Annual statistical returns and brief notes on vaccination in Bengal - 1887-1898
Year: 1887
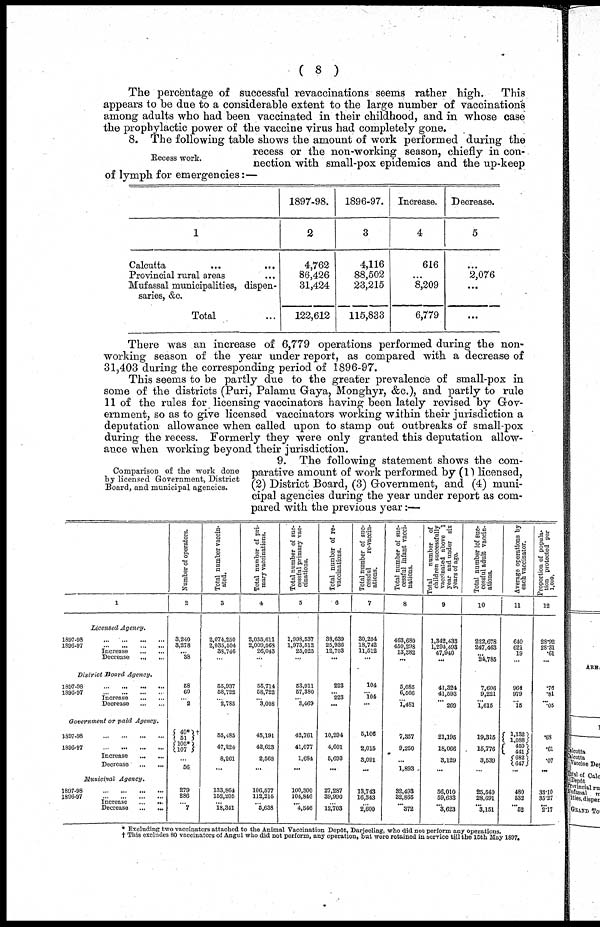
( 8 )
The percentage of successful revaccinations seems rather high.
This
appears to be due to a considerable extent to the large number of vaccinations
among adults who had been vaccinated in their childhood, and in whose case
the prophylactic power of the vaccine virus had completely gone.
Recess work.
8. The following table shows the amount of work performed during the
recess or the non-working season, chiefly in con-
nection with small-pox epidemics and the up-keep
of lymph for emergencies:—
1
Calcutta ... ...
Provincial rural areas ...
Mufassal municipalities, dispen-
saries, &c.
Total ...
1897-98.
2
4,762
86,426
31,424
122,612
1896-97.
3
4,116
88,502
23,215
115,833
Increase.
4
616
...
8,209
6,779
Decrease.
5
...
2,076
...
...
There was an increase of 6,779 operations performed during the non-
working season of the year under report, as compared with a decrease of
31,403 during the corresponding period of 1896-97.
This seems to be partly due to the greater prevalence of small-pox in
some of the districts (Puri, Palamu Gaya, Monghyr, &c.), and partly to rule
11 of the rules for licensing vaccinators having been lately revised by Gov-
ernment, so as to give licensed vaccinators working within their jurisdiction a
deputation allowance when called upon to stamp out outbreaks of small-pox
during the recess. Formerly they were only granted this deputation allow-
ance when working beyond their jurisdiction.
Comparison of the work done
by licensed Government, District
Board, and municipal agencies.
9. The following statement shows the com-
parative amount of work performed by (1) licensed,
(2) District Board, (3) Government, and (4) muni-
cipal agencies during the year under report as com-
pared with the previous year:—
1
Licensed Agency.
1897-98
...
...
...
...
1896-97
...
...
...
...
Increase ... ...
Decrease
...
...
District Board Agency.
1897-98
...
...
...
...
1896-97
...
...
...
...
Increase
...
...
Decrease
...
...
Government or paid Agency.
1807-98
...
...
...
...
1896-97
...
...
...
...
Increase
... ...
Decrease ... ...
Municipal Agency.
1897-98
...
...
...
...
1896-97
...
...
...
...
Increase
...
...
Decrease
...
...
Number of operators.
2
3,240
3,278
... 38
58
60
...
2
49* †
51
105*
107
...
56
279
286
... 7
Total number vaccin-
ated.
3
2,074,250
2,035,504
38,746
...
55,937
58,722
...
2,785
55,485
47,224
8,261
...
133,864
152,205
... 18,341
Total number of pri-
mary vaccinations.
4
2,035,611
2,009,568
26,043
...
55,714
58,722
...
3,008
45,191
42,623
2,568
...
106,577
112,215
... 5,638
Total number of suc-
cessful primary vac-
cinations.
5
1,998,537
1,973,512
25,025
...
53,911
57,380
...
3,469
42,761
41,077
1,684
...
100,300
104,846
... 4,546
Total number of re-
vaccinations.
6
38,639
25,936
12,703
...
223
223 ...
...
10,294
4,601
5,693
...
27,287
39,990
... 12,703
Total number of suc-
cessful
re-vaccin-
ations.
7
30,254
18,742
11,512
...
104
104 ...
...
5,106
2,015
3,091
...
13,743
16,343
... 2,600
Total number of suc-
cessful infant vacci-
nations.
8
463,680
450,298
13,382
...
5,085
6,566
...
1,481
7,357
9,250
...
1,893
32,493
32,865
... 372
Total
number of
children successfully
vaccinated above 1
year and under six
years of age.
9
1,342,433
1,294,493
47,940
...
41,324
41,593
...
269
21,195
18,066
3,129
...
56,010
59,633
... 3,623
Total number of suc-
cessful adult vaccin-
ations.
10
222,678
247,463
...
24,785
7,606
9,221
...
1,615
19,315
15,776
3,539
...
25,540
28,691
... 3,151
Average operations by
each vaccinator.
11
640
621
19
...
964
979
...
15
1,132
1,088
450
441
682
647
...
480
532
... 52
Proportion of popula-
tion protected per
1,000,
12
28.92
28.31
.61
...
.76
.81
...
.05
.63
.61
.07
...
33.10
35.27
... 2.17
* Excluding two vaccinators attached to the Animal vaccination Depôt, Darjeeling, who did not perform any operations.
† This excludes 80 vaccinators of Angul who did not perform, any operation, but were retained in service till the 15th May 1897.